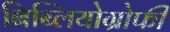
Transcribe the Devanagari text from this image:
बिब्लियोग्रोफी